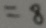
= 8